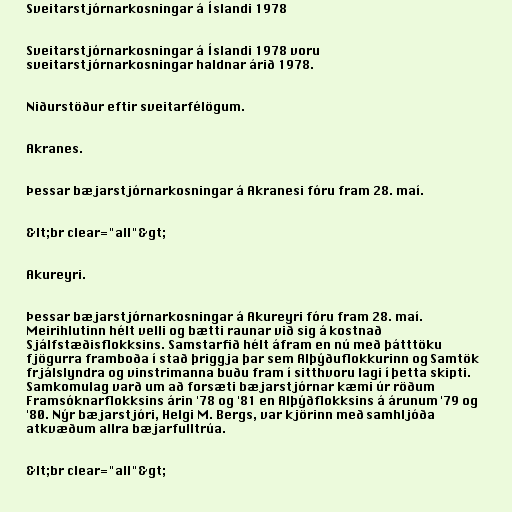
Sveitarstjórnarkosningar á Íslandi 1978

Sveitarstjórnarkosningar á Íslandi 1978 voru
sveitarstjórnarkosningar haldnar árið 1978.

Niðurstöður eftir sveitarfélögum.

Akranes.

Þessar bæjarstjórnarkosningar á Akranesi fóru fram 28. maí.

&lt;br clear="all"&gt;

Akureyri.

Þessar bæjarstjórnarkosningar á Akureyri fóru fram 28. maí.
Meirihlutinn hélt velli og bætti raunar við sig á kostnað
Sjálfstæðisflokksins. Samstarfið hélt áfram en nú með þátttöku
fjögurra framboða í stað þriggja þar sem Alþýðuflokkurinn og Samtök
frjálslyndra og vinstrimanna buðu fram í sitthvoru lagi í þetta skipti.
Samkomulag varð um að forsæti bæjarstjórnar kæmi úr röðum
Framsóknarflokksins árin '78 og '81 en Alþýðflokksins á árunum '79 og
'80. Nýr bæjarstjóri, Helgi M. Bergs, var kjörinn með samhljóða
atkvæðum allra bæjarfulltrúa.

&lt;br clear="all"&gt;